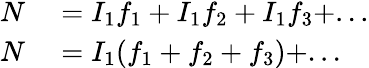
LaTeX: \begin{array}{rl}{N}&{{}=I_{\mathrm{1}}f_{\mathrm{1}}+I_{\mathrm{1}}f_{\mathrm{2}}+I_{\mathrm{1}}f_{\mathrm{3}}+...}\\ {N}&{{}=I_{\mathrm{1}}(f_{\mathrm{1}}+f_{\mathrm{2}}+f_{\mathrm{3}})+...}\end{array}